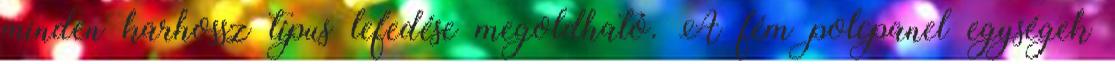
minden karhossz típus lefedése megoldható. A fém polcpanel egységek